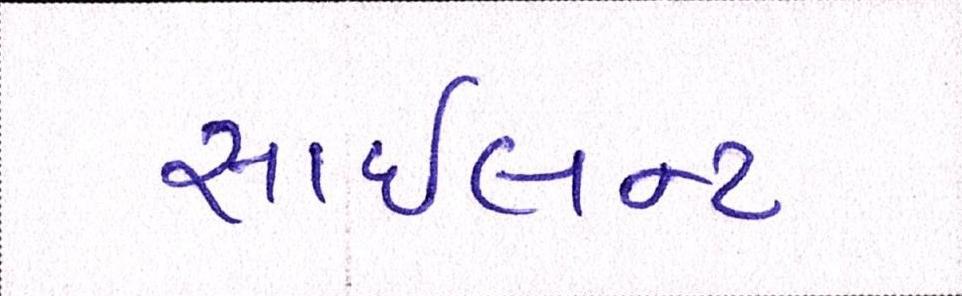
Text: સાઇલન્ટ